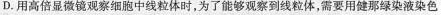
D.用高倍显微镜观察细胞中线粒体时，为了能够观察到线粒体，需要用健那绿染液染色